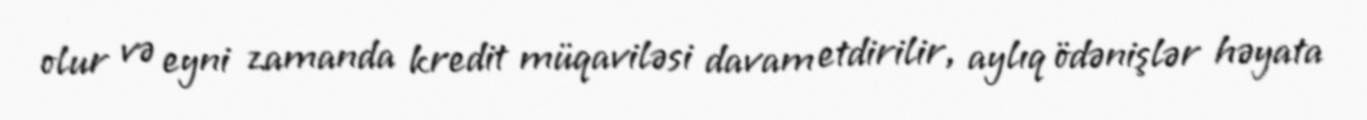
olur və eyni zamanda kredit müqaviləsi davam etdirilir, aylıq ödənişlər həyata